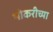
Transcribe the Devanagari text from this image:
भोकरीच्या